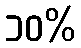
၁၀%